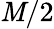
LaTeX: \mathit{M}/2